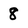
Character: 8